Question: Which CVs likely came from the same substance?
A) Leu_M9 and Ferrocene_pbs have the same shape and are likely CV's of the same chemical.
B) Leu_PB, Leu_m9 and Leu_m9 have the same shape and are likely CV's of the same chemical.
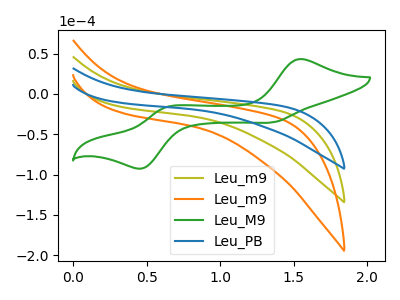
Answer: <think>The olive curve "Leu_m9" has no peaks. The orange curve "Leu_m9" has no peaks. The green curve "Leu_M9" has anodic peaks at (1.55V, 43.20uA) (0.65V, -16.25uA) and cathodic peaks at (1.35V, -34.75uA) (0.50V, -92.05uA). The blue curve "Leu_PB" has no peaks.
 Neither "Leu_m9" or "Leu_m9" have any peaks. "Leu_m9" and "Leu_M9" have a different number of peaks. Neither "Leu_m9" or "Leu_PB" have any peaks. "Leu_m9" and "Leu_M9" have a different number of peaks. Neither "Leu_m9" or "Leu_PB" have any peaks. "Leu_M9" and "Leu_PB" have a different number of peaks.</think>
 <answer>B) "Leu_PB", "Leu_m9" and "Leu_m9" have the same shape and are likely CV's of the same chemical.</answer>
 <eval>B</eval>